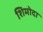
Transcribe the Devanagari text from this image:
शिमोदा